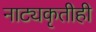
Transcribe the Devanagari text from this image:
नाट्यकृतीही